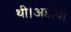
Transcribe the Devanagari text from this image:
थी।अडोबी